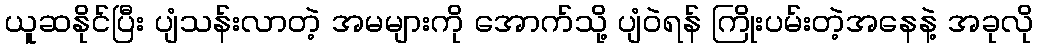
ယူဆနိုင်ပြီး ပျံသန်းလာတဲ့ အမများကို အောက်သို့ ပျံဝဲရန် ကြိုးပမ်းတဲ့အနေနဲ့ အခုလို